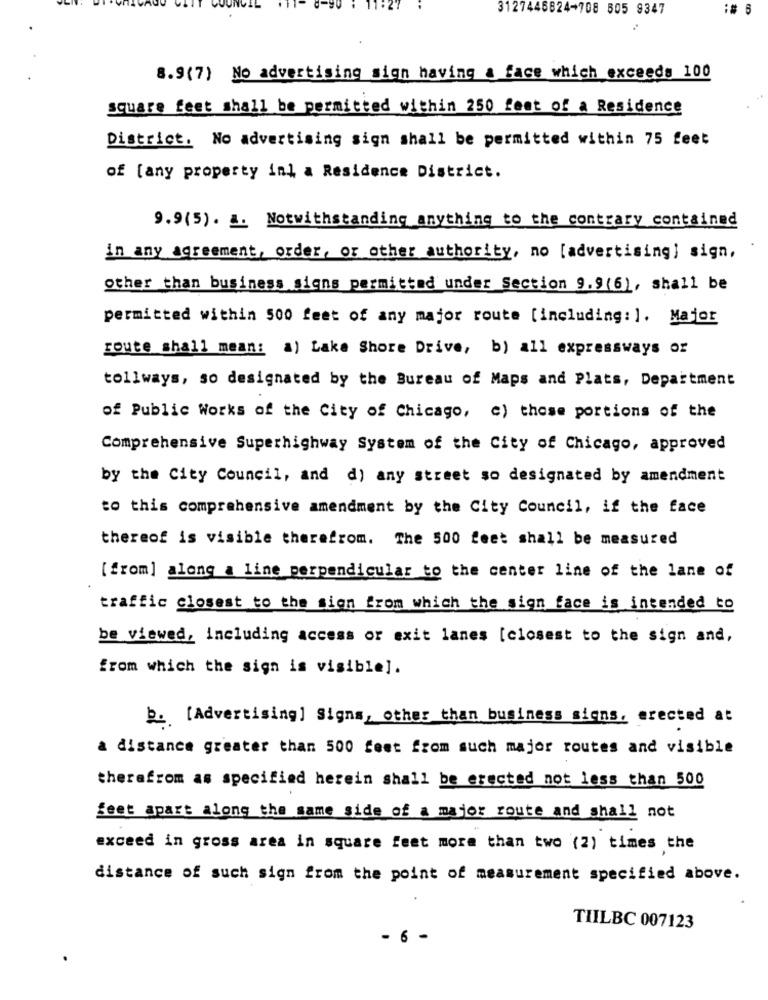
3127446824-708 505 9347
:# 6
8.9(7) No advertising sign having a face which exceeds 100
square feet shall be permitted within 250 feet of a Residence
District. No advertising sign shall be permitted within 75 feet
of [any property in] a Residence District.
9.9(5). a. Notwithstanding anything to the contrary contained
in any agreement, order, or other authority, no [advertising] sign,
other than business signs permitted under Section 9.9(6), shall be
permitted within 500 feet of any major route [including: ]. Major
route shall mean: a) Lake Shore Drive, b) all expressways or
tollways, so designated by the Bureau of Maps and Plats, Department
of Public Works of the City of Chicago, c) those portions of the
Comprehensive Superhighway System of the City of Chicago, approved
by the City Council, and d) any street so designated by amendment
to this comprehensive amendment by the City Council, if the face
thereof is visible therefrom. The 500 feet shall be measured
[ from] along a line perpendicular to the center line of the lane of
traffic closest to the sign from which the sign face is intended to
be viewed, including access or exit lanes [closest to the sign and,
from which the sign is visible].
b. [Advertising] Signs, other than business signs, erected at
a distance greater than 500 feet from such major routes and visible
therafrom as specified herein shall be erected not less than 500
feet apart along the same side of a major route and shall not
exceed in gross area in square feet more than two (2) times the
distance of such sign from the point of measurement specified above.
TIILBC 007123
- 6 -